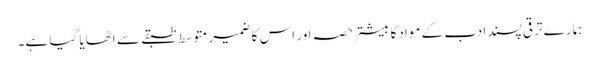
ہمارے ترقی پسند ادب کے موادکا بیشتر حصہ اور اس کا ضمیر متوسط طبقے سے اٹھایا گیا ہے۔